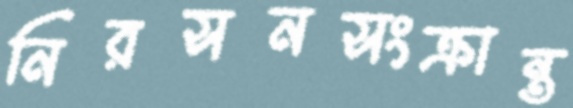
নিরসনসংক্রান্ত